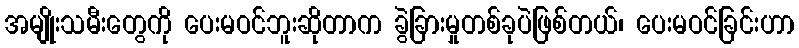
အမျိုးသမီးတွေကို ပေးမဝင်ဘူးဆိုတာက ခွဲခြားမှုတစ်ခုပဲဖြစ်တယ်၊ ပေးမဝင်ခြင်းဟာ